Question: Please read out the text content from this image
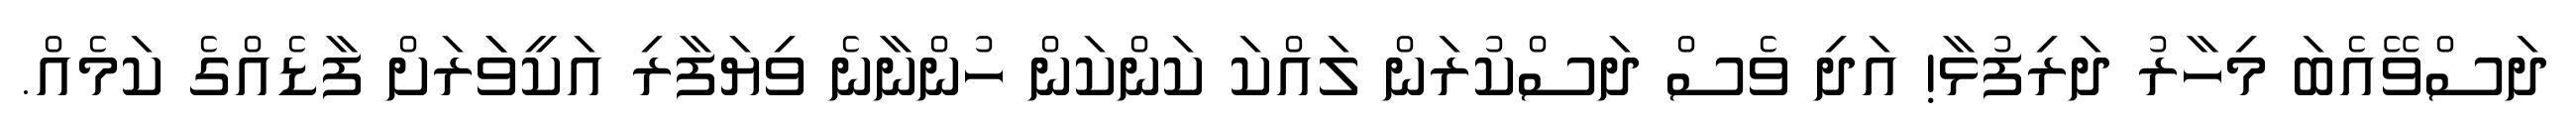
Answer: ދަސްވޭއެބަ މިހާރު ދަރިފުޅާ! އަދި ވެސް ދަސްކުރަން ލައްކަ ކަންކަން ހުންނާނެ ވިޔަފާރި އަކީވަަރަށް ފާޑެއްގެ ކަމެއް.